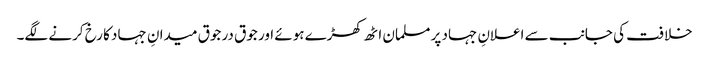
خلافت کی جانب سے اعلانِ جہاد پر مسلمان اٹھ کھڑے ہوئے اور جوق در جوق میدانِ جہاد کا رخ کرنے لگے۔